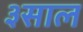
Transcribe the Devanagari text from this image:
३साल